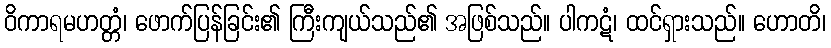
ဝိကာရမဟတ္တံ၊ ဖောက်ပြန်ခြင်း၏ ကြီးကျယ်သည်၏ အဖြစ်သည်။ ပါကဋံ၊ ထင်ရှားသည်။ ဟောတိ၊